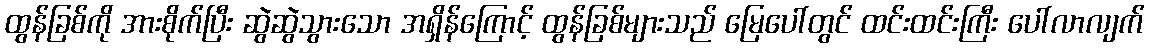
ထွန်ခြစ်ကို အားစိုက်ပြီး ဆွဲဆွဲသွားသော အရှိန်ကြောင့် ထွန်ခြစ်များသည် မြေပေါ်တွင် ထင်းထင်းကြီး ပေါ်လာလျက်